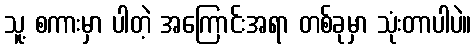
သူ့ စကားမှာ ပါတဲ့ အကြောင်းအရာ တစ်ခုမှာ သုံးတာပါပဲ။